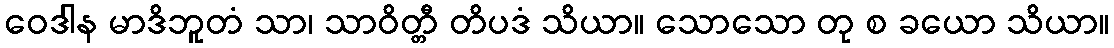
ဝေဒါန မာဒိဘူတံ သာ၊ သာဝိတ္တီ တိပဒံ သိယာ။ သောသော တု စ ခယော သိယာ။